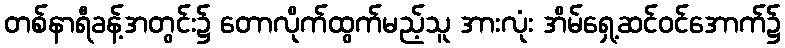
တစ်နာရီခန့်အတွင်း၌ တောလိုက်ထွက်မည့်သူ အားလုံး အိမ်ရှေ့ဆင်ဝင်အောက်၌